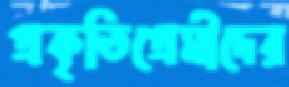
প্রকৃতিপ্রেমীদের